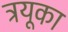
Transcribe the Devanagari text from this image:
ट्रयूका